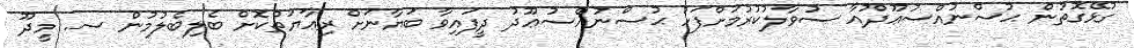
ގުޅޭގޮތުން ޙުސްނުއްސުޢޫދުއާ ސުވާލުކުރުމަށްފަހު ޙުސްނުއްސުޢޫދު ދީފައިވާ ބަޔާނަށް ރިޢާޔަތްކޮށް ބެލިބެލުމުން ސ. މީދޫ